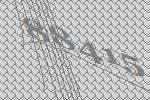
88415